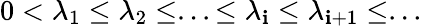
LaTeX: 0<\lambda_{1}\leq\lambda_{2}\leq...\leq\lambda_{\mathbf{i}}\leq\lambda_{\mathbf{i}+1}\leq...